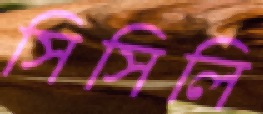
সিসিলি